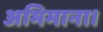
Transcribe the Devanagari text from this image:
अभिमाना।